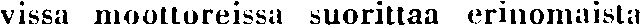
vissa moottoreissa suorittaa erinomaista